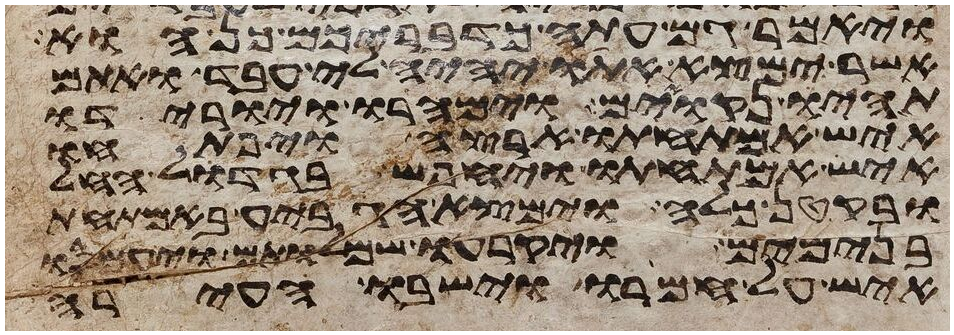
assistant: ויאמר גם עתה כדבריכם כן הוא
אשר ימצא אתו יהיה לי עבד ואתם
תהיו נקואים וימהרו ויורידו
איש אמתחתו ארצה ויפתחו
איש אמתחתו ויחפש בגדול החל
ובקטן כלה וימצא הגביע באמתחת
בנימים ויקרעו שמלותם ויעמסו
איש על חמורו וישבו העירה